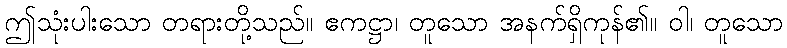
ဤသုံးပါးသော တရားတို့သည်။ ဧကဋ္ဌာ၊ တူသော အနက်ရှိကုန်၏။ ဝါ၊ တူသော